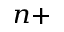
^ { n + }